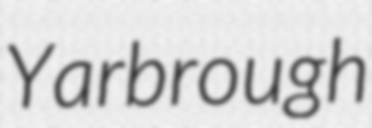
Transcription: Yarbrough